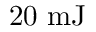
2 0 \ \mathrm { m J }